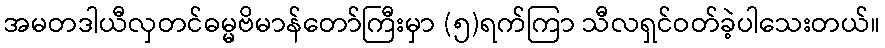
အမတဒါယီလှတင်ဓမ္မဗိမာန်တော်ကြီးမှာ (၅)ရက်ကြာ သီလရှင်ဝတ်ခဲ့ပါသေးတယ်။